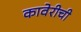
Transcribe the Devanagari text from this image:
कावेरीची